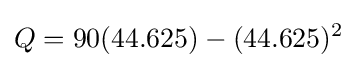
Q=90(44.625)-(44.625)^{2}